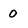
Character: 0